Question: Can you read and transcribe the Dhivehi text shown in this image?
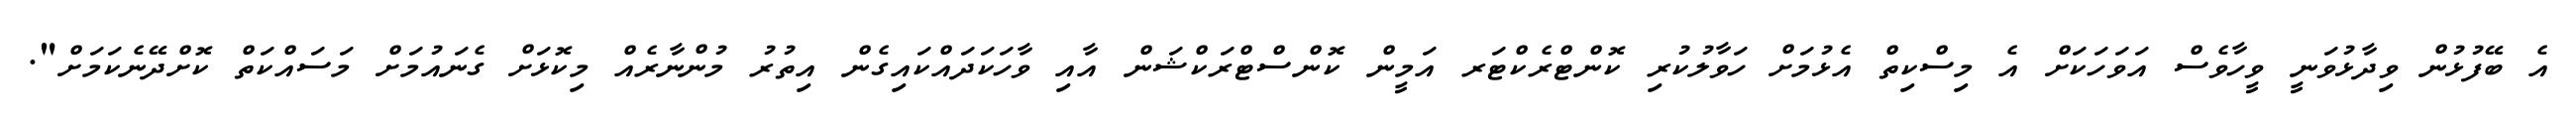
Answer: އެ ބޭފުޅުން ވިދާޅުވަނީ ވީހާވެސް އަވަހަކަށް އެ މިސްކިތް އެޅުމަށް ހަވާލުކުރި ކޮންޓްރެކްޓަރ އަމީން ކޮންސްޓްރަކްޝަން އާއި ވާހަކަދައްކައިގެން އިތުރު މުންނާރެއް މިކޮޅަށް ގެނައުމަށް މަސައްކަތް ކޮށްދޭނެކަމަށް".